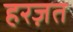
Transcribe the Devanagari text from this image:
हरज़त